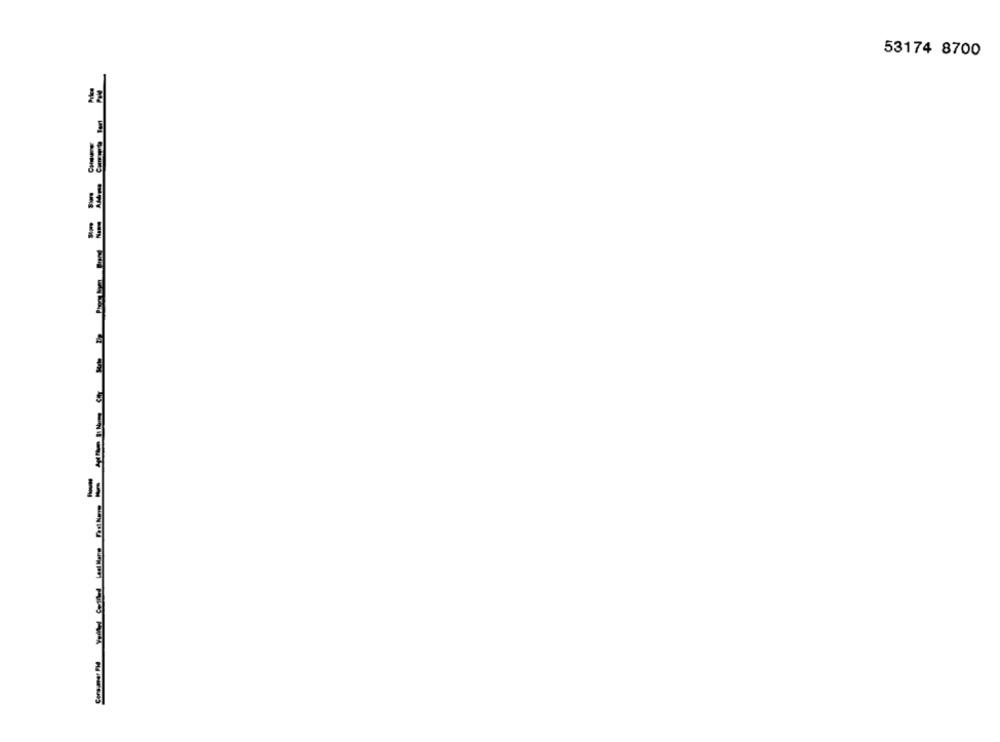
53174 8700